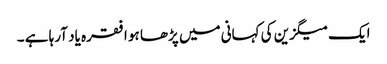
ایک میگزین کی کہانی میں پڑھا ہو ا فقرہ یاد آرہا ہے ۔